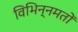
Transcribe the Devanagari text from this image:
विभिन्नमतों